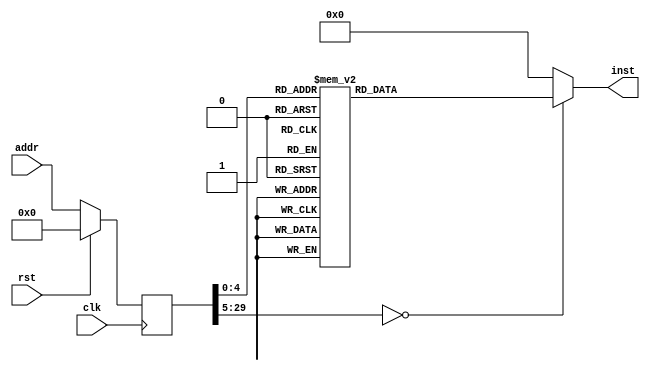
module echo(input clk, input rst, input [29:0] addr, output reg [31:0] inst);
reg [29:0] addr_r;
always @(posedge clk)
begin
addr_r <= (rst) ? (30'b0) : (addr);
end
always @(*)
begin
case(addr_r)
30'h00000000: inst = 32'h3c1d1000;
30'h00000001: inst = 32'h0c000003;
30'h00000002: inst = 32'h37bd4000;
30'h00000003: inst = 32'h27bdffe8;
30'h00000004: inst = 32'hafa00010;
30'h00000005: inst = 32'h3c028000;
30'h00000006: inst = 32'h34420004;
30'h00000007: inst = 32'h8c420000;
30'h00000008: inst = 32'h00000000;
30'h00000009: inst = 32'h30420001;
30'h0000000a: inst = 32'h1040fffa;
30'h0000000b: inst = 32'h00000000;
30'h0000000c: inst = 32'h3c028000;
30'h0000000d: inst = 32'h3442000c;
30'h0000000e: inst = 32'h8c420000;
30'h0000000f: inst = 32'h00000000;
30'h00000010: inst = 32'ha3a20014;
30'h00000011: inst = 32'h3c028000;
30'h00000012: inst = 32'h34420000;
30'h00000013: inst = 32'h8c420000;
30'h00000014: inst = 32'h00000000;
30'h00000015: inst = 32'h30420001;
30'h00000016: inst = 32'h1040fffa;
30'h00000017: inst = 32'h00000000;
30'h00000018: inst = 32'h3c028000;
30'h00000019: inst = 32'h83a30014;
30'h0000001a: inst = 32'h00000000;
30'h0000001b: inst = 32'h34420008;
30'h0000001c: inst = 32'hac430000;
30'h0000001d: inst = 32'h08000005;
30'h0000001e: inst = 32'h00000000;
default:      inst = 32'h00000000;
endcase
end
endmodule